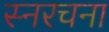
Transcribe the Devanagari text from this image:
स्नरचना